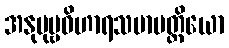
အနုပုဗ္ဗဝိဟာရသမာပတ္တိယော